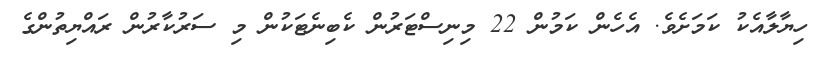
ހިޔާލާއެކު ކަމަށެވެ. އެހެން ކަމުން 22 މިނިސްޓަރުން ކެބިނެޓަކުން މި ސަރުކާރުން ރައްޔިތުންގެ